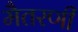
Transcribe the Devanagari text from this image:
मैतरणी